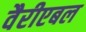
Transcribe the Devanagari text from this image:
वैरीएबल